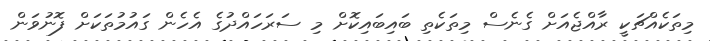
މިތަކެއްޗަކީ ރާއްޖެއަށް ގެނެސް މިތަކެތި ބައިބައިކޮށް މި ސަރަހައްދުގެ އެހެން ގައުމުތަކަށް ފޮނުވަން